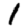
Digit: 1